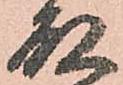
殿